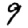
Digit: 9